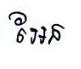
អែន